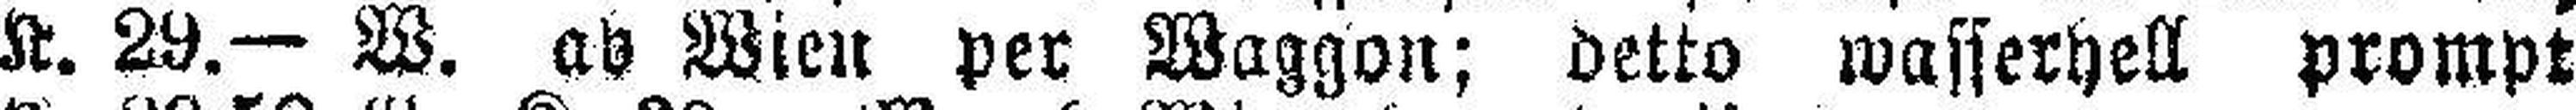
K. 29.— W. ab Wien per Waggon; detto wasserhell prompt